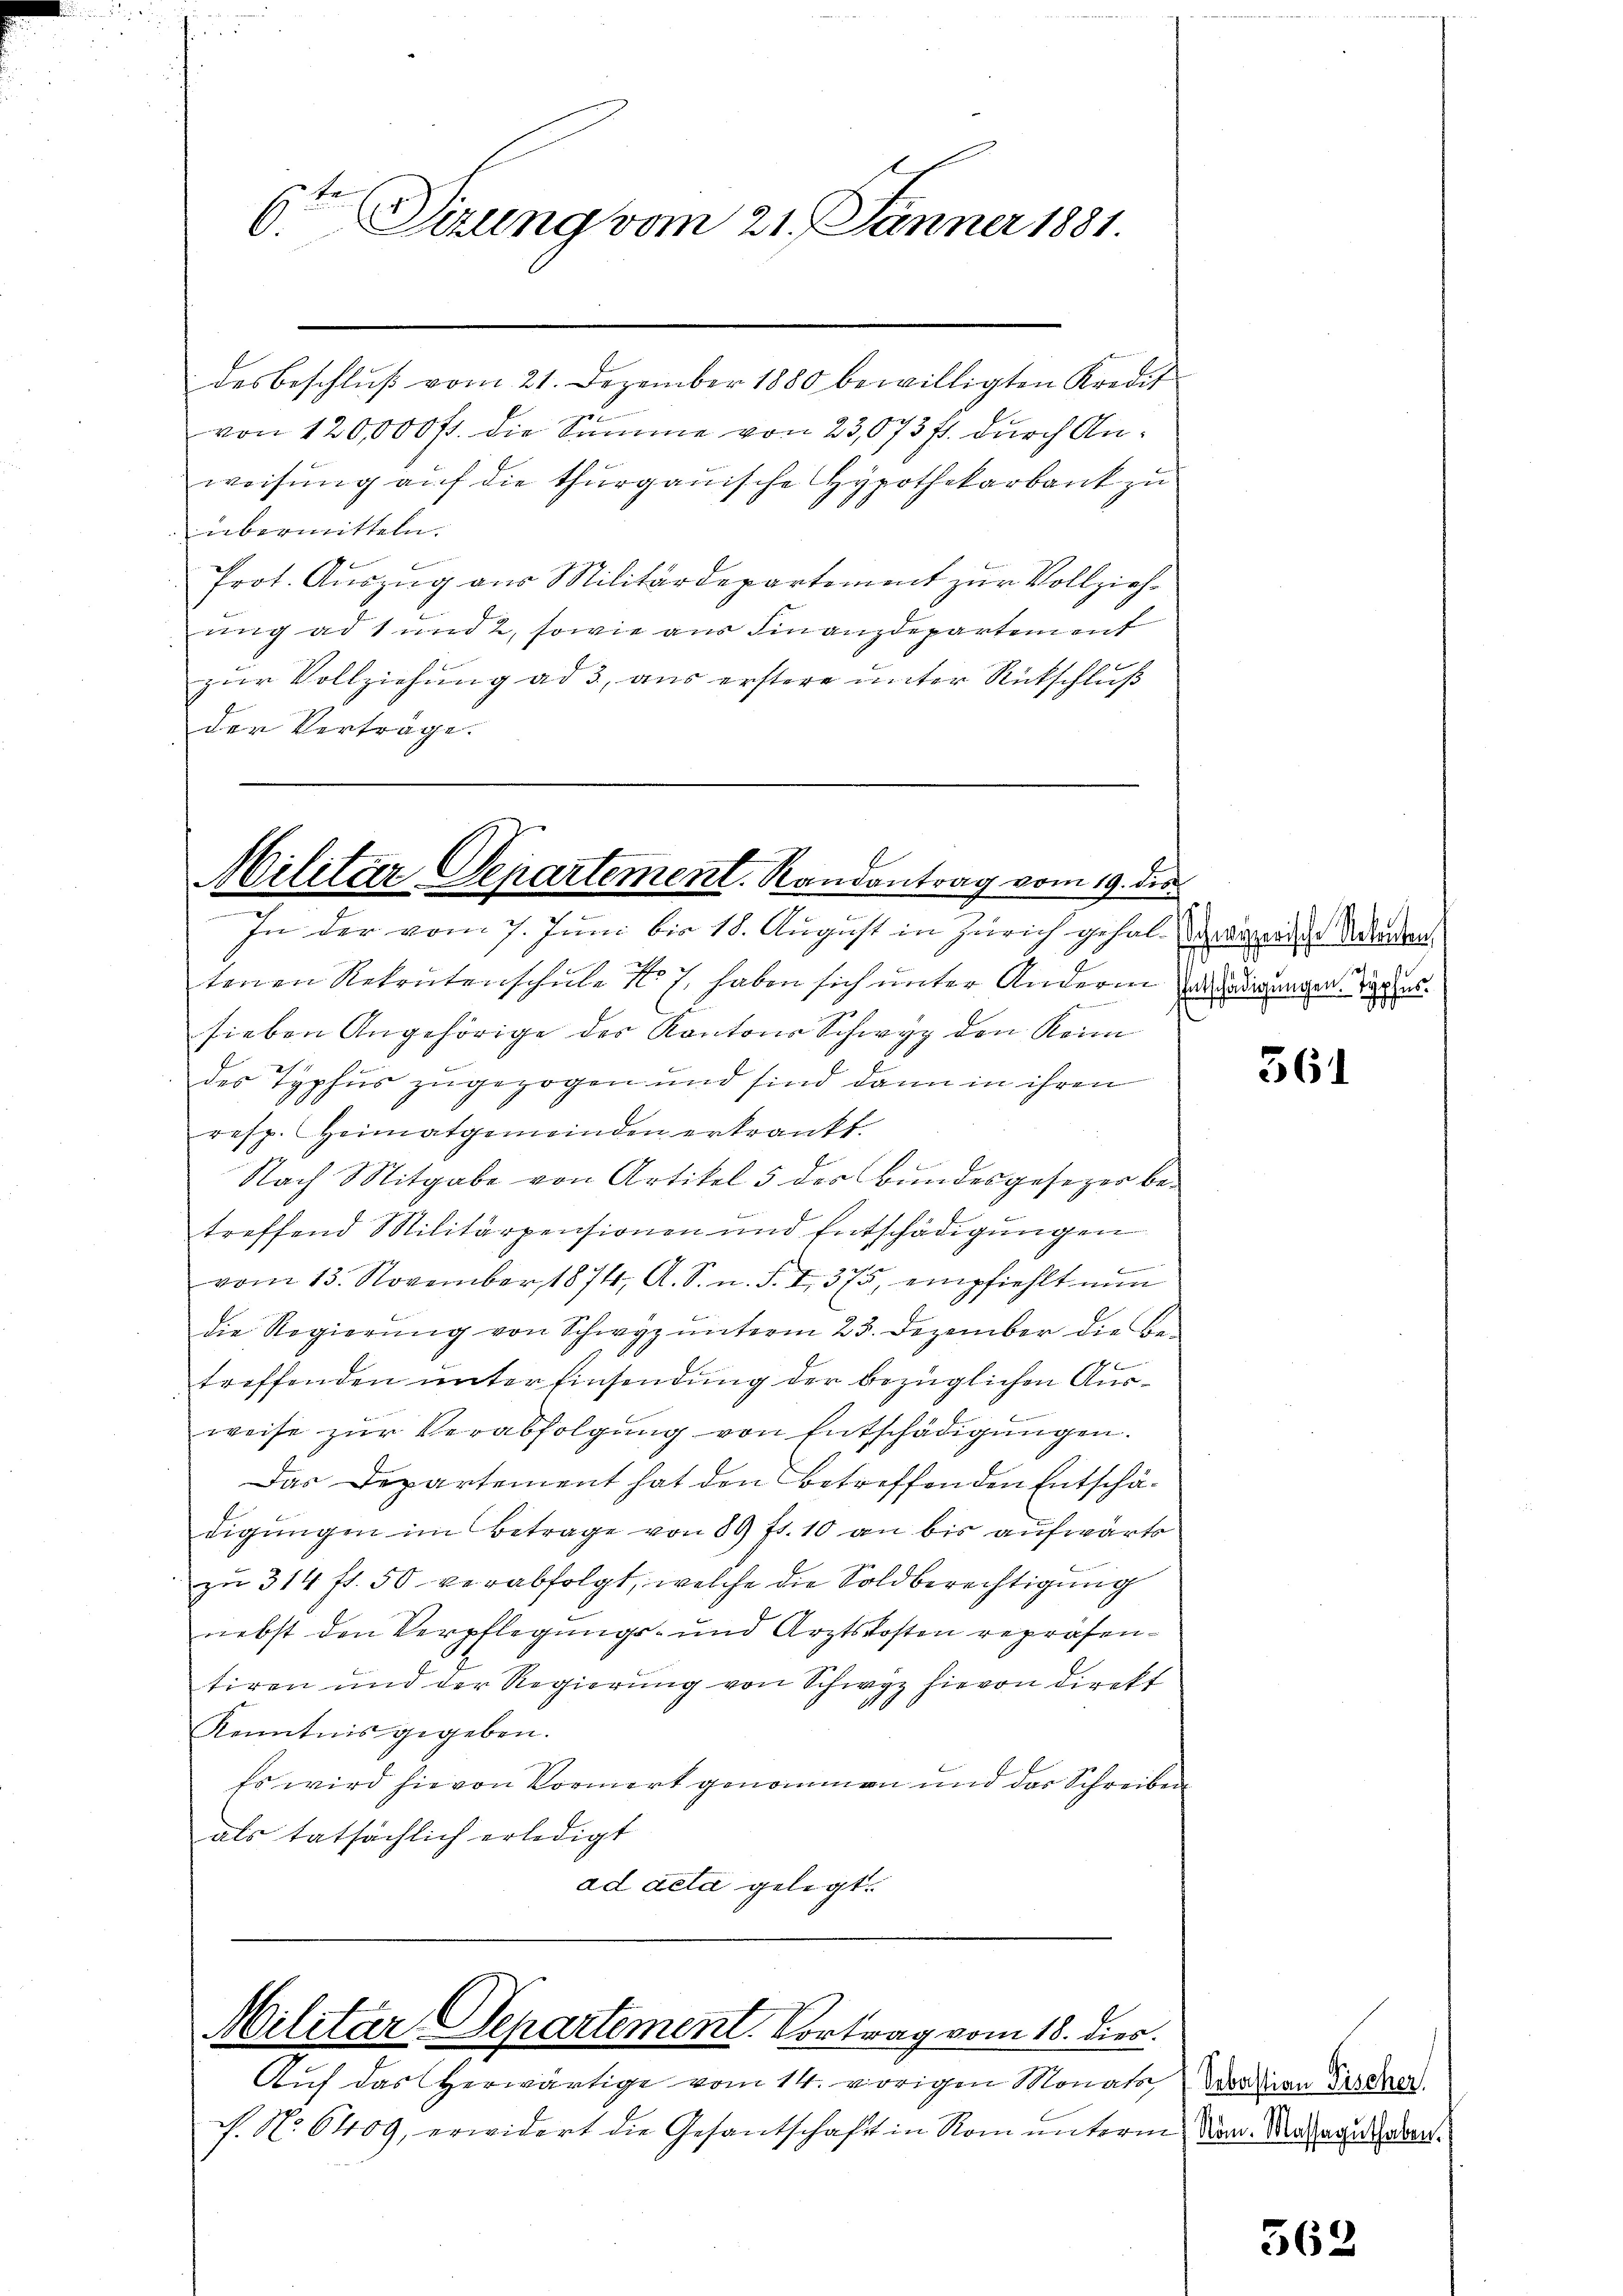
6ten Sizung vom 21. Jänner 1881.

desbeschluß vom 21. Dezember 1880 bewilligten Kredit
von 120,000 fr. die Summe von 23,073 f. durch Anweisung auf die thurgauische Hypothekarbank zu
übermitteln.
Prot. Auszug aus Militärdepartement zur Vollziehung ad 1 und 2, sowie aus Finanzdepartement
zur Vollziehung ad 3, aus erstere unter Rückschluß
der Verträge.

Militär, Departement. Randantrag vom 19. des

Militar-Separtement. Vortrag vom 18. dies

Auf das Herwärtige vom 14. vorigen Monats, an Tischer
P. No 6409, erwidert die Gesantschaft in Rom unterm San Mahnungeden.

In der vom 7. Juni bis 18. August in Zürich gehalterlierige Anorden
tenen Rekrutenschule No 7. haben sich unter Anderen ledigungen
.
sieben Angehörige des Kantons Schwyz den Reim
der Typhus zugezogen und sind dann in ihren
resp. Heimatgemeinden erkrankt.
Nach Mitgabe von Artikel 5 der Bŭndesgesetzer be-
treffend Militärpensionen und Entschädigungen
vom 13. November 1874, A. S. n. F. I 375, empfiehlt nŭn
die Regierŭng von Schwyz ŭnterm 23. Dezember die Be-
0
treffenden unter Einsendung der bezüglichen Ausweise zŭr Verabfolgung von Entschädigungen.
Das Departement hat den betreffenden Entschädigŭngen im Betrage von 80 ff. 10 an bis aufwärts
zu 314 fl. 50 verabfolgt, welche die Soldberechtigung
nebst den Verpflegungs- und Arztskosten repräsentiren und der Regierung von Schwyz hievon direkt
Kenntnis gegeben.
Es wird hievon Vormerk genommen und das Schreiben
als tatsächlich erledigt
ad acta gelegt.

561

362